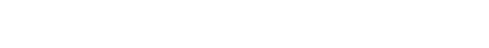
ဝိသုဿတိ (ဆဋ္ဌ) ခြောက်သကဲ့သို့။ မိလာယတိ (သေယျထာပိ)၊ ညှိုးသကဲ့၏။